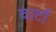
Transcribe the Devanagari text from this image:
वार्टा